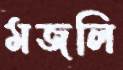
মজলি